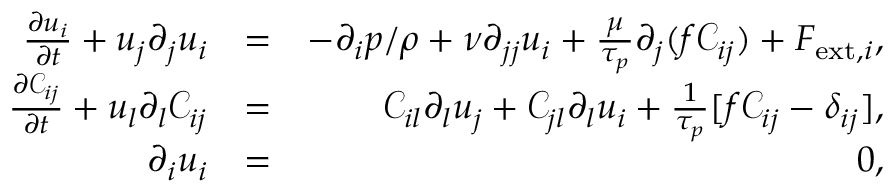
\begin{array} { r l r } { \frac { \partial { u _ { i } } } { \partial t } + u _ { j } \partial _ { j } u _ { i } } & { = } & { - \partial _ { i } p / \rho + \nu \partial _ { j j } u _ { i } + \frac { \mu } { \tau _ { p } } \partial _ { j } ( f \mathcal { C } _ { i j } ) + F _ { \mathrm { e x t } , i } , } \\ { \frac { \partial { \mathcal { C } _ { i j } } } { \partial t } + u _ { l } \partial _ { l } \mathcal { C } _ { i j } } & { = } & { \mathcal { C } _ { i l } \partial _ { l } u _ { j } + \mathcal { C } _ { j l } \partial _ { l } u _ { i } + \frac { 1 } { \tau _ { p } } [ f \mathcal { C } _ { i j } - \delta _ { i j } ] , } \\ { \partial _ { i } u _ { i } } & { = } & { 0 , } \end{array}